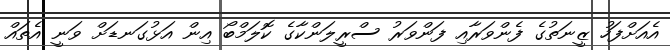
އެއަށްފަހު ޒީނަތުގެ ފެންވަރާއި ފަންވަރު ސްރީލަންކާގެ ކޮލަމްބޯ އިން އަޅުގަނޑަށް ވަނީ އެތައް